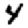
Digit: 4